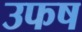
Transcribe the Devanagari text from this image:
उफष